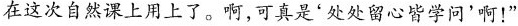
在这次自然课上用上了。啊，可真是'处处留心皆学问'啊！